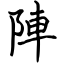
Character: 陣